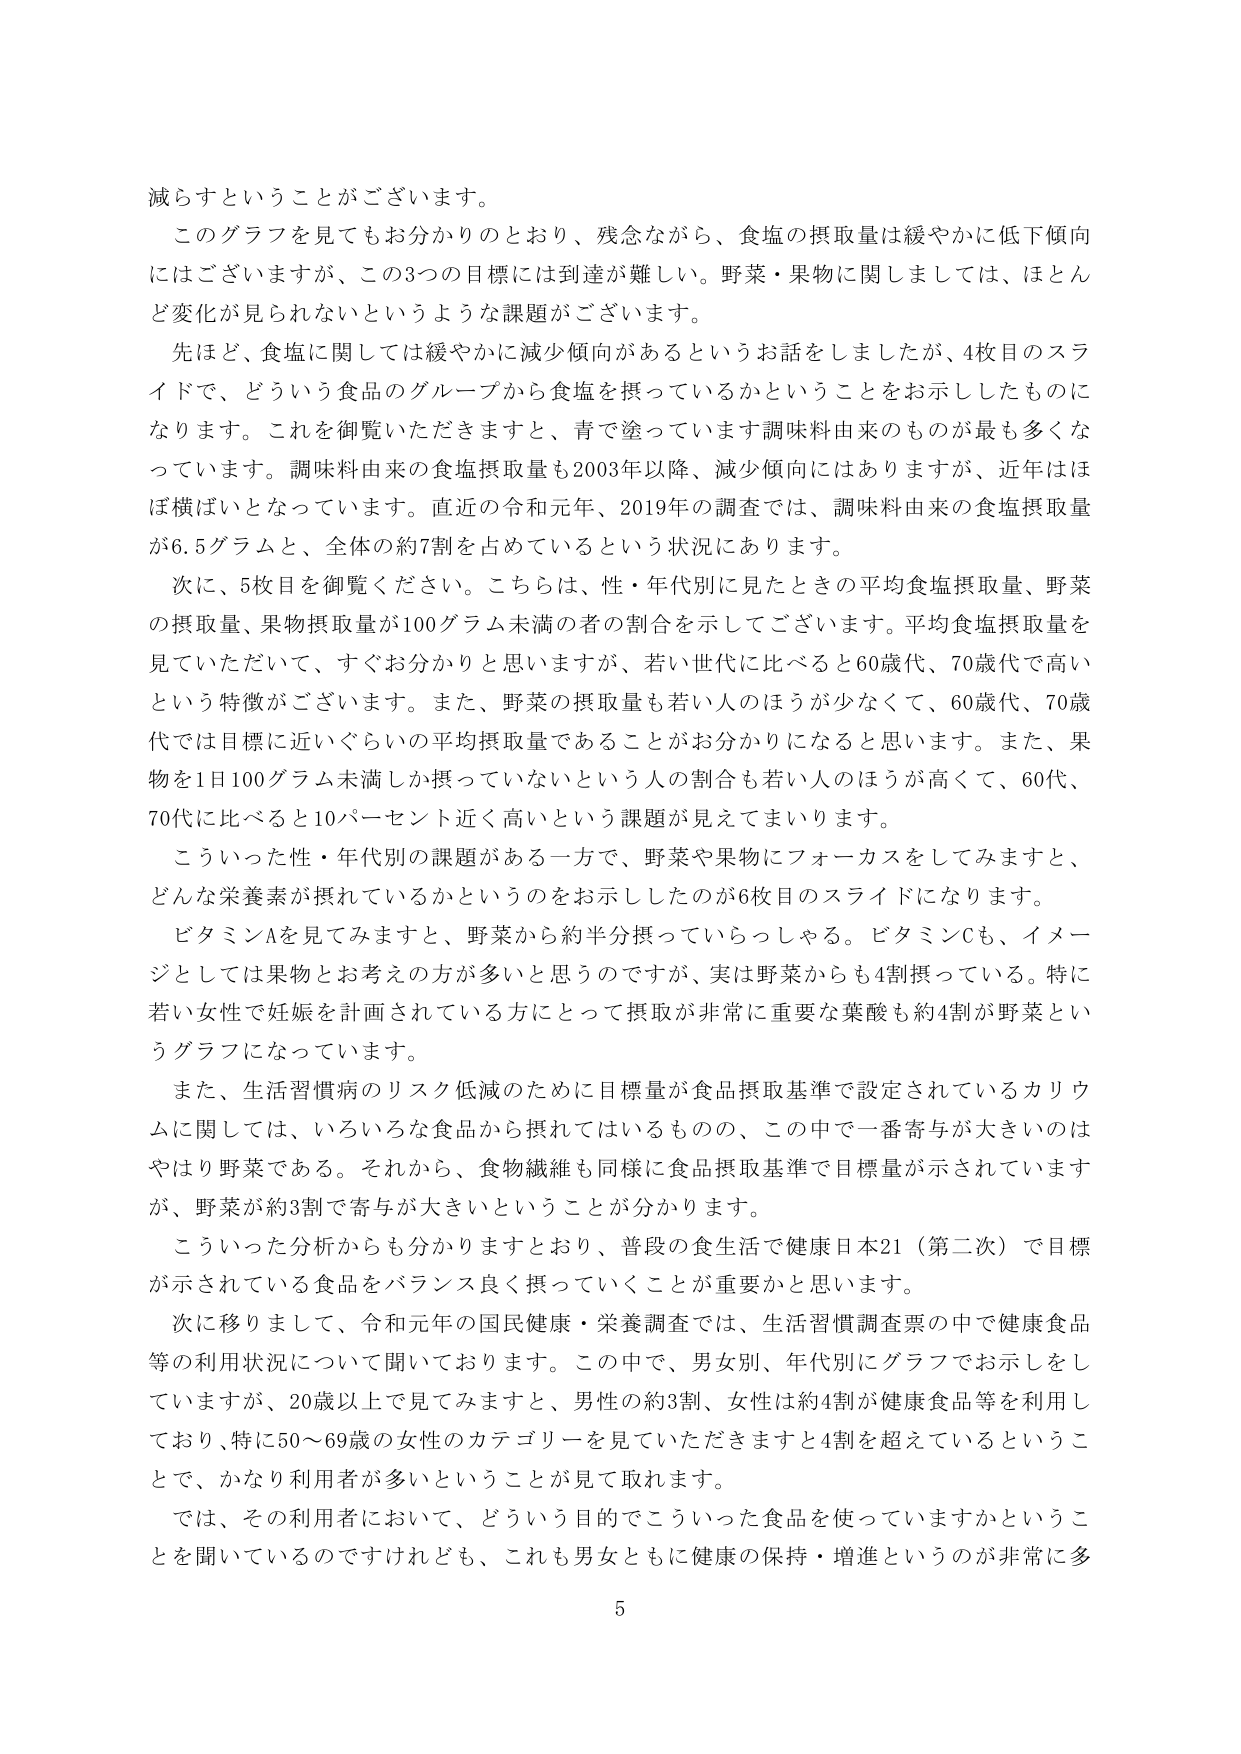
減らすということがございます。

このグラフを見てもらお分かりのとおり、残念ながら、食塩の摂取量は緩やかに低下傾向にはございますが、この3つの目標には到達が難しい。野菜・果物に関しましては、ほとんど変化が見られないというような課題がございます。

先ほど、食塩に関しては緩やかに減少傾向があるというお話をしましたが、4枚目のスライドで、どういう食品のグループから食塩を摂っているかということをお示ししたものになります。これを御覧いただきますと、青で塗っています調味料由来のものが最も多くなっています。調味料由来の食塩摂取量も2003年以降、減少傾向にはありますが、近年はほぼ横ばいとなっています。直近の令和元年、2019年の調査では、調味料由来の食塩摂取量が6.5グラムと、全体の約7割を占めているという状況にあります。

次に、5枚目を御覧ください。こちらは、性・年代別に見たときの平均食塩摂取量、野菜の摂取量、果物摂取量が100グラム未満の者の割合を示してございます。平均食塩摂取量を見ていただいて、すぐお分かりと思いますが、若い世代に比べると60歳代、70歳代で高いという特徴がございます。また、野菜の摂取量も若い人のほうが少なくて、60歳代、70歳代では目標に近いぐらいの平均摂取量であることがお分かりになると思います。また、果物を1日100グラム未満しか摂っていないという人の割合も若い人のほうが高くて、60代、70代に比べると10パーセント近く高いという課題が見えてまいります。

こういった性・年代別の課題がある一方で、野菜や果物にフォーカスをしてみますと、どんな栄養素が摂れているかというをお示ししたのが6枚目のスライドになります。

ビタミンAを見てみますと、野菜から約半分摂っていらっしゃる。ビタミンCも、イメージとしては果物とお考えの方が多いと思うのですが、実は野菜からも4割摂っている。特に若い女性で妊娠を計画されている方にとって摂取が非常に重要な葉酸も約4割が野菜というグラフになっています。

また、生活習慣病のリスク低減のために目標量が食品摂取基準で設定されているカリウムに関しては、いろいろな食品から摂れてはいるものの、この中で一番寄与が大きいのはやはり野菜である。それから、食物繊維も同様に食品摂取基準で目標量が示されていますが、野菜が約3割で寄与が大きいということが分かります。

こういった分析からも分かりますとおり、普段の食生活で健康日本21（第二次）で目標が示されている食品をバランス良く摂っていくことが重要かと思います。

次に移りまして、令和元年の国民健康・栄養調査では、生活習慣調査票の中で健康食品等の利用状況について聞いております。この中で、男女別、年代別にグラフでお示しをしていますが、20歳以上で見てみますと、男性の約3割、女性は約4割が健康食品等を利用しており、特に50～69歳の女性のカテゴリーを見ていただきますと4割を超えているということで、かなり利用者が多いということが見て取れます。

では、その利用者において、どういう目的でこういった食品を使っていますかということを聞いているのですけれども、これも男女ともに健康の保持・増進というのが非常に多

5